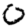
Digit: 0